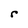
Character: r